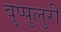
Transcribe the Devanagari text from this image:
वुप्पुलुरी